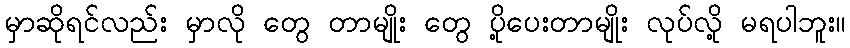
မှာဆိုရင်လည်း မှာလို တွေ တာမျိုး တွေ ပို့ပေးတာမျိုး လုပ်လို့ မရပါဘူး။